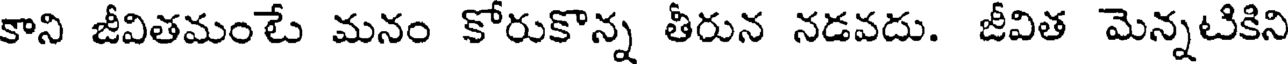
కాని జీవితమంటే మనం కోరుకొన్న తీరున నడవదు. జీవిత మెన్నటికిని